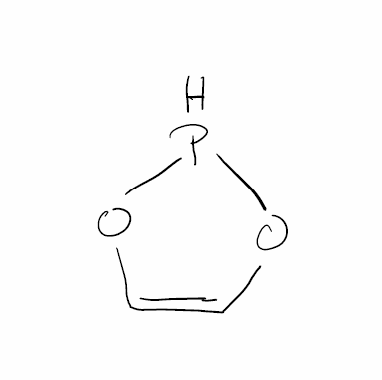
Simplified molecular-input line-entry system (SMILES) notation of the given molecule:
C1=COPO1